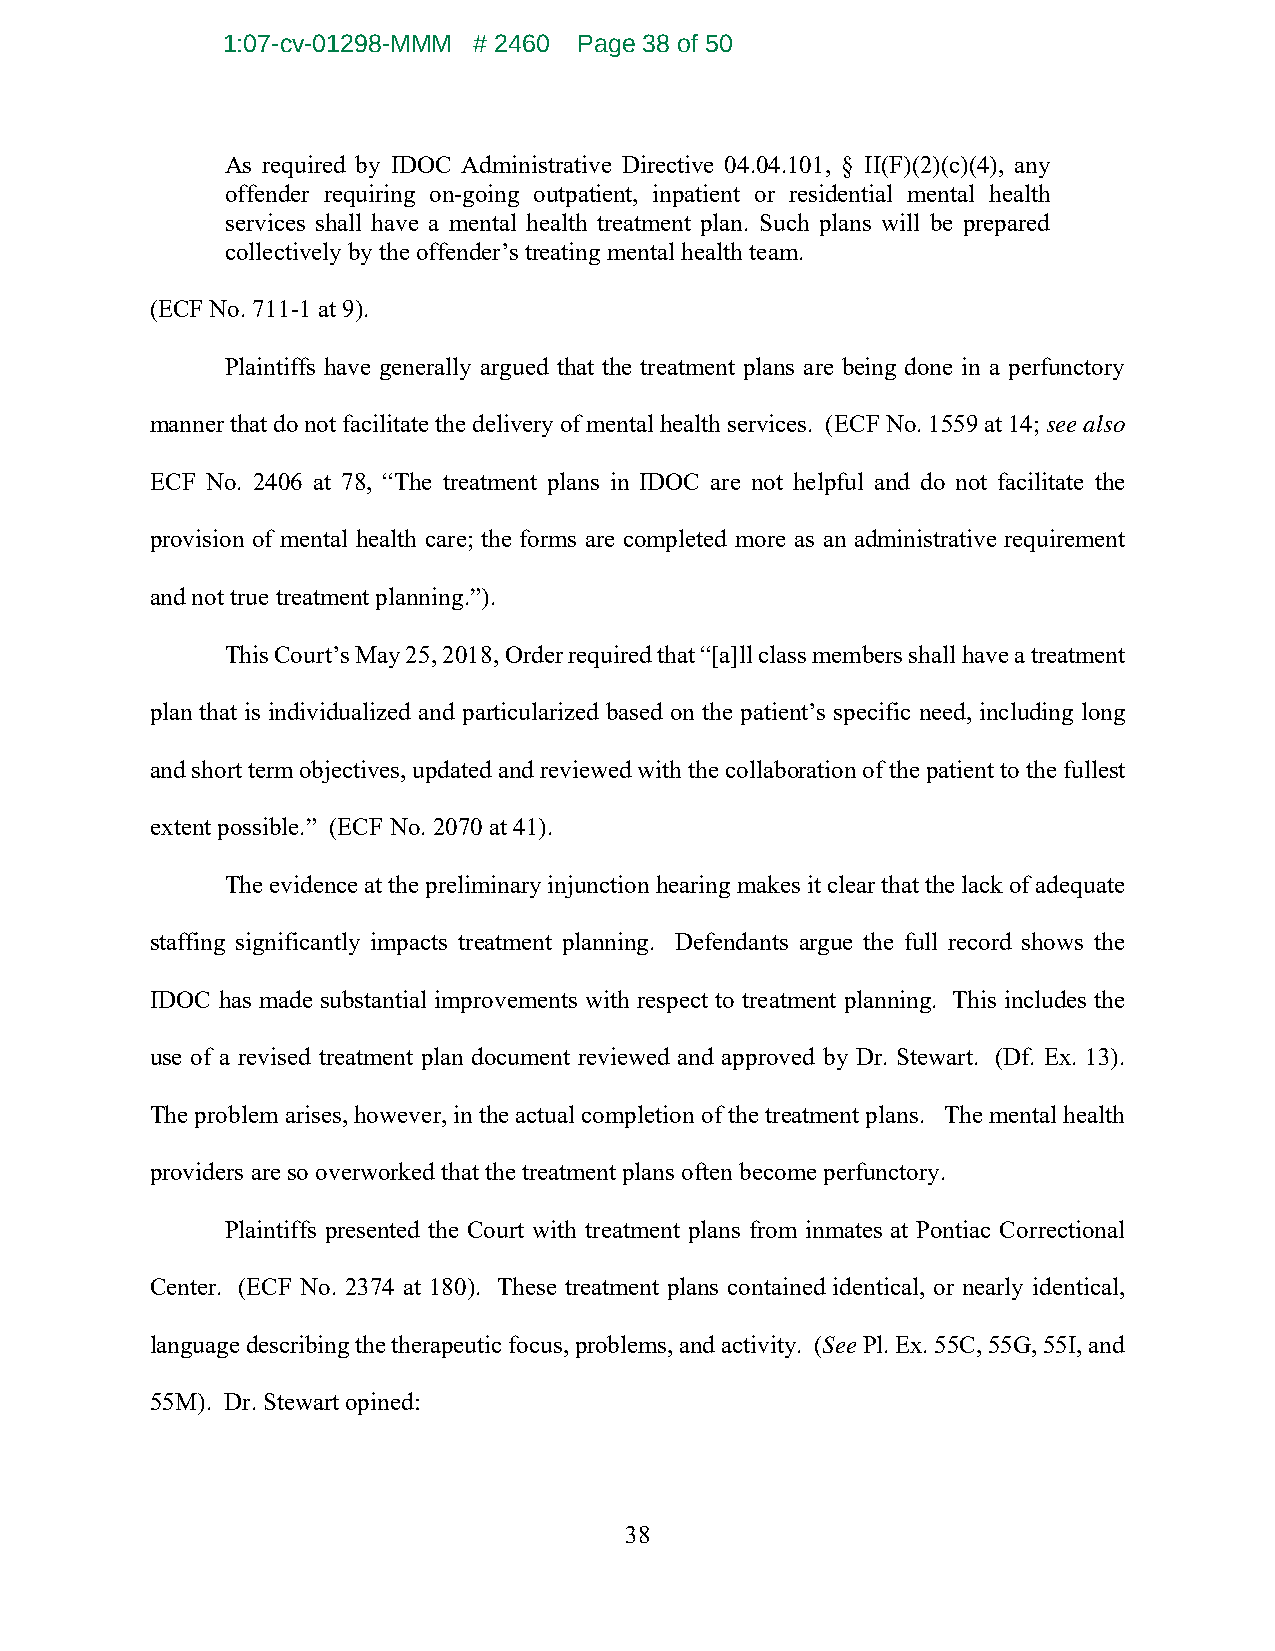
1:07-cv-01298-MMM # 2460 Page 38 of 50
 As required by IDOC Administrative Directive 04.04.101, § II(F)(2)(c)(4), any
 offender requiring on-going outpatient, inpatient or residential mental health
 services shall have a mental health treatment plan. Such plans will be prepared
 collectively by the offender’s treating mental health team.
 (ECF No. 711-1 at 9).
 Plaintiffs have generally argued that the treatment plans are being done in a perfunctory
 manner that do not facilitate the delivery of mental health services. (ECF No. 1559 at 14; see also
 ECF No. 2406 at 78, “The treatment plans in IDOC are not helpful and do not facilitate the
 provision of mental health care; the forms are completed more as an administrative requirement
 and not true treatment planning.”).
 This Court’s May 25, 2018, Order required that “[a]ll class members shall have a treatment
 plan that is individualized and particularized based on the patient’s specific need, including long
 and short term objectives, updated and reviewed with the collaboration of the patient to the fullest
 extent possible.” (ECF No. 2070 at 41).
 The evidence at the preliminary injunction hearing makes it clear that the lack of adequate
 staffing significantly impacts treatment planning. Defendants argue the full record shows the
 IDOC has made substantial improvements with respect to treatment planning. This includes the
 use of a revised treatment plan document reviewed and approved by Dr. Stewart. (Df. Ex. 13).
 The problem arises, however, in the actual completion of the treatment plans. The mental health
 providers are so overworked that the treatment plans often become perfunctory.
 Plaintiffs presented the Court with treatment plans from inmates at Pontiac Correctional
 Center. (ECF No. 2374 at 180). These treatment plans contained identical, or nearly identical,
 language describing the therapeutic focus, problems, and activity. (See Pl. Ex. 55C, 55G, 55I, and
 55M). Dr. Stewart opined:
 38